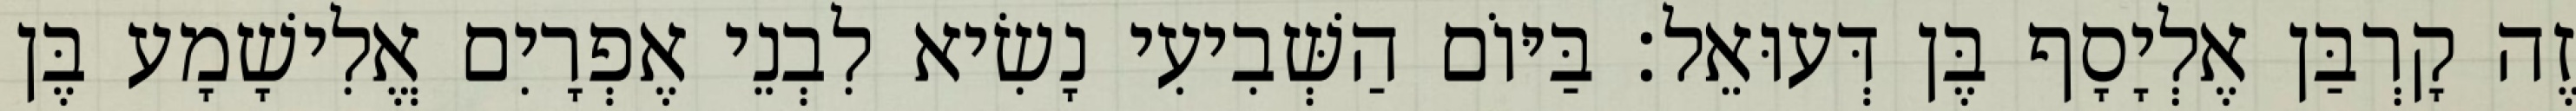
זֶה קָרְבַּן אֶלְיָסָף בֶּן דְּעוּאֵל׃ בַּיּוֹם הַשְּׁבִיעִי נָשִׂיא לִבְנֵי אֶפְרָיִם אֱלִישָׁמָע בֶּן